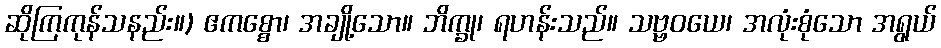
ဆိုကြကုန်သနည်း။) ဧကစ္စော၊ အချို့သော။ ဘိက္ခု၊ ရဟန်းသည်။ သဗ္ဗဝယေ၊ အလုံးစုံသော အရွယ်